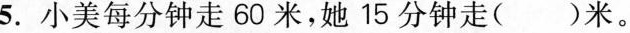
5.小美每分钟走60米，她15分钟走()米。